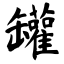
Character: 罐